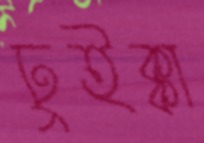
ঢুইক্কা